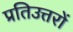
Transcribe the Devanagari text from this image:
प्रतिउत्तरों